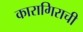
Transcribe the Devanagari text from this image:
कारागिराची